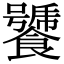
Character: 𩞣